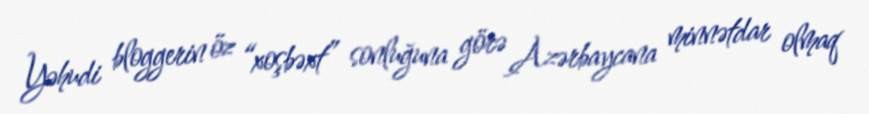
Yəhudi bloggerin öz “xoşbəxt” sonluğuna görə Azərbaycana minnətdar olmaq